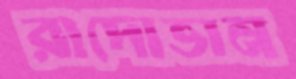
রাদোভান